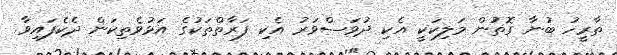
ތާރީހު ބުނާ ގޮތުން މަލިކަކީ އެކި ދުވަސްވަރު އެކި ފަރާތްތަކުގެ އަޅުވެތިކަން ދެކެފައިވާ